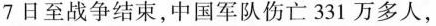
日至战争结束，中国军队伤亡331万多人，